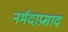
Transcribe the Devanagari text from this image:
नर्मदाप्रसाद